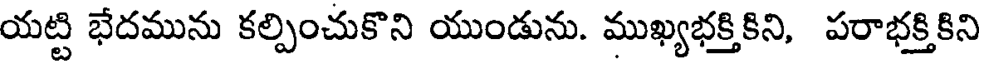
యట్టి భేదమును కల్పించుకొని యుండును. ముఖ్యభక్తికిని, పరాభక్తికిని